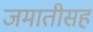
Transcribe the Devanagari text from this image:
जमातीसह